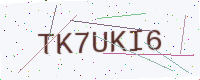
Text: TK7UKI6